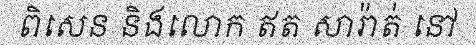
ពិសេន និងលោក ឥត សារ៉ាត់ នៅ